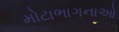
મોટાભાગનાઓ